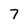
Character: 7